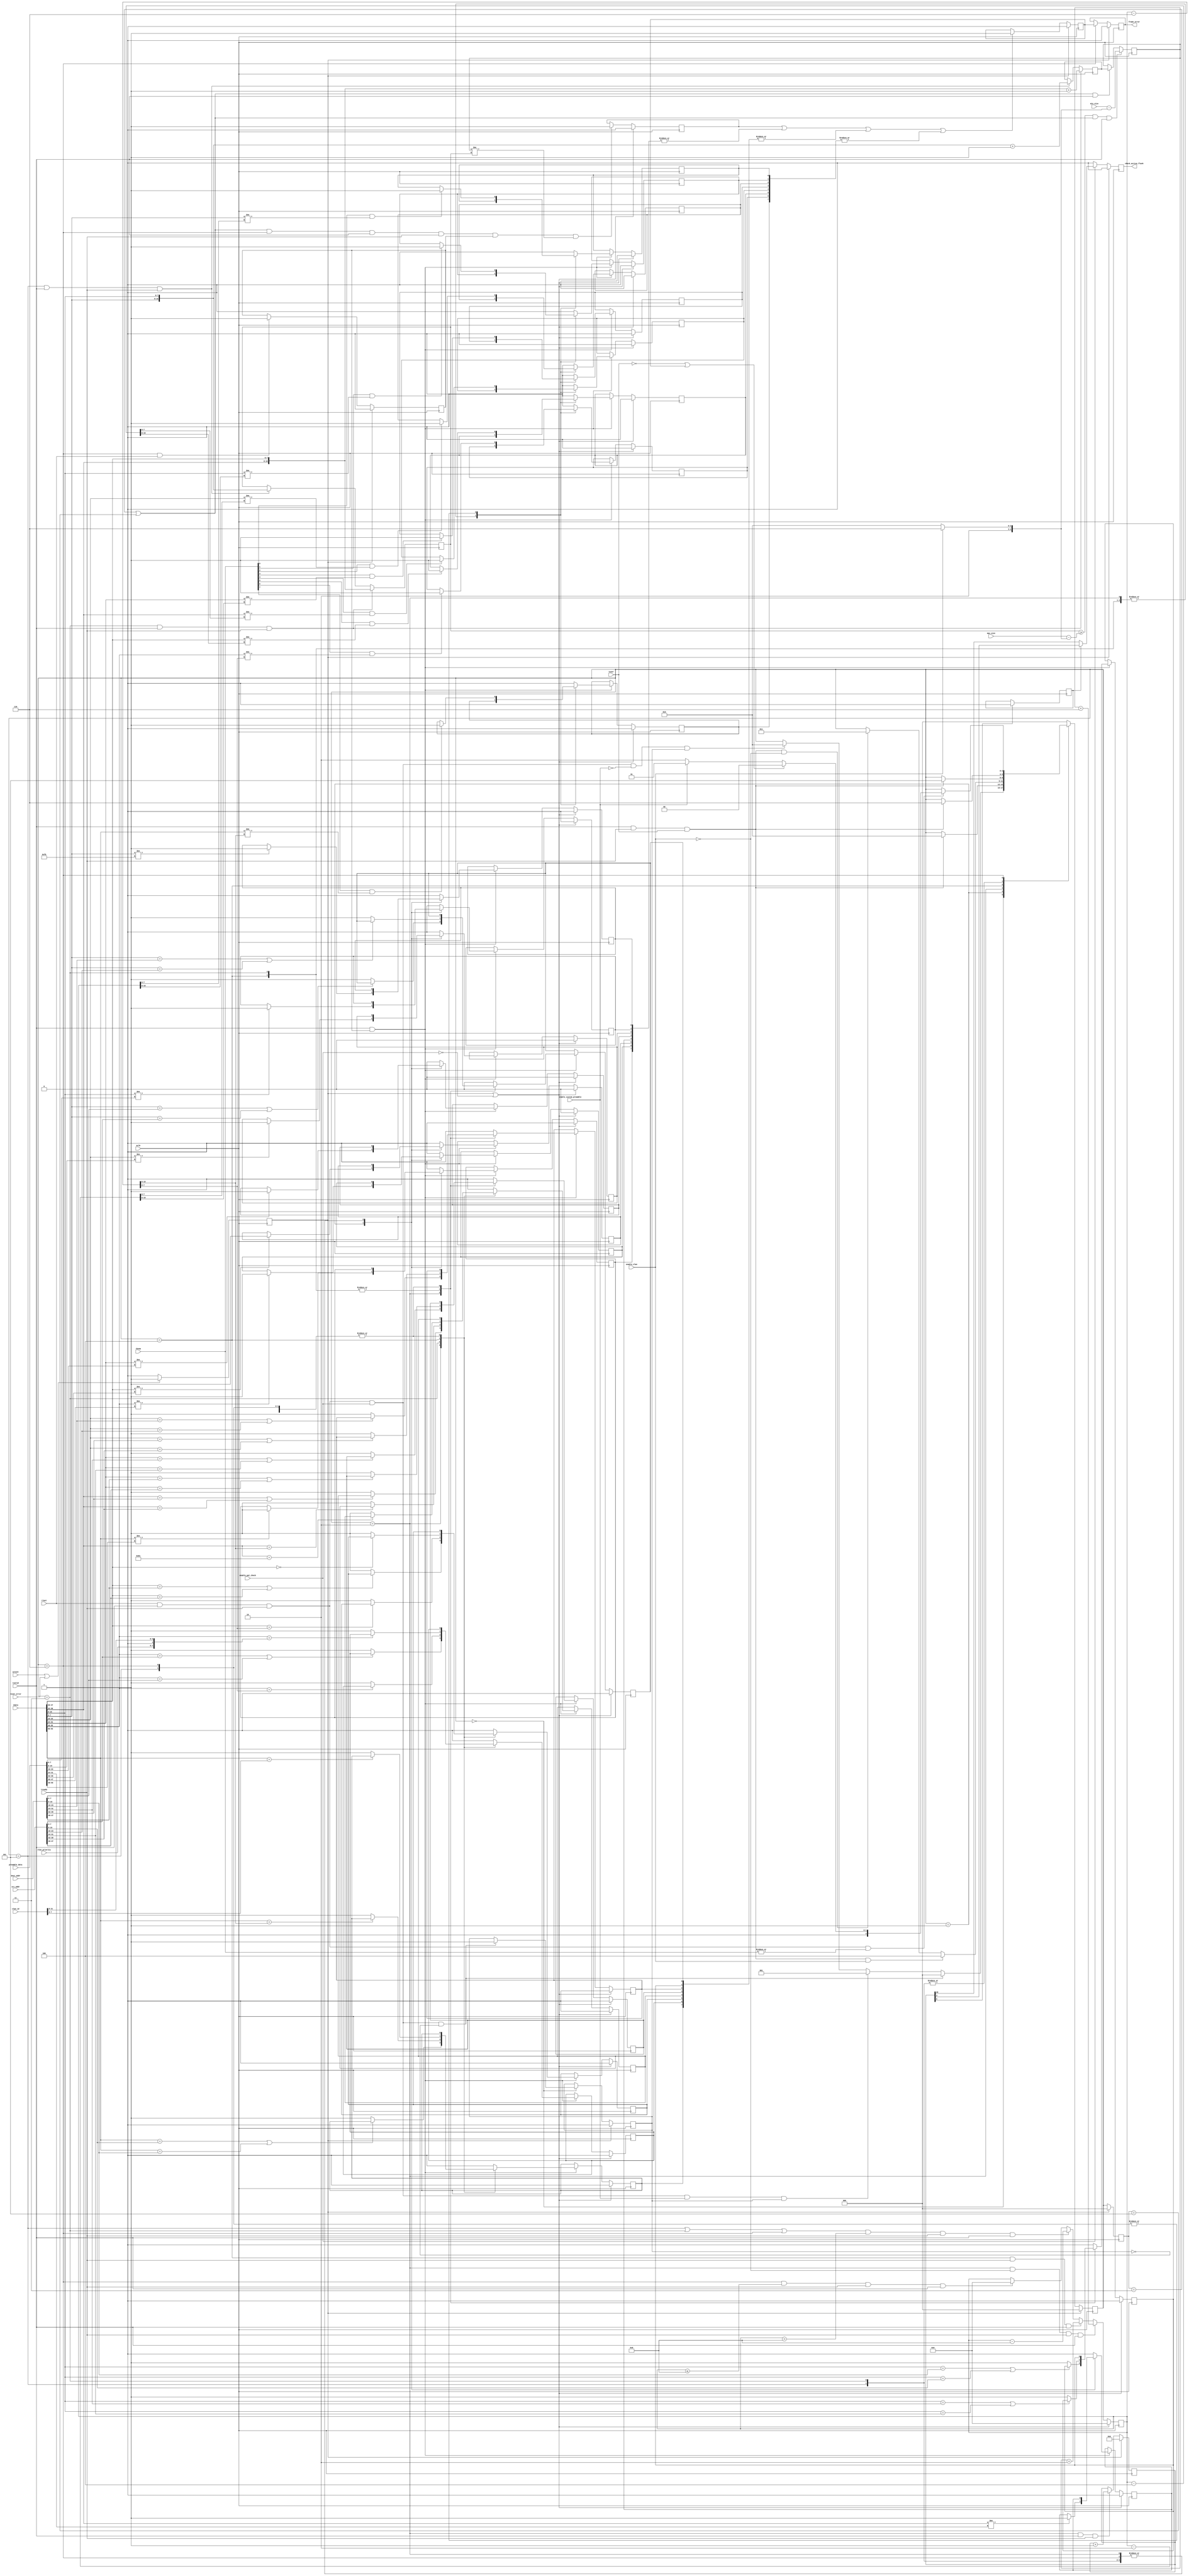
// ----------------------------------------------------------------------------
// (c) Copyright 2014 Xilinx, Inc. All rights reserved.
//
// This file contains confidential and proprietary information
// of Xilinx, Inc. and is protected under U.S. and
// international copyright and other intellectual property
// laws.
//
// DISCLAIMER
// This disclaimer is not a license and does not grant any
// rights to the materials distributed herewith. Except as
// otherwise provided in a valid license issued to you by
// Xilinx, and to the maximum extent permitted by applicable
// law: (1) THESE MATERIALS ARE MADE AVAILABLE "AS IS" AND
// WITH ALL FAULTS, AND XILINX HEREBY DISCLAIMS ALL WARRANTIES
// AND CONDITIONS, EXPRESS, IMPLIED, OR STATUTORY, INCLUDING
// BUT NOT LIMITED TO WARRANTIES OF MERCHANTABILITY, NON-
// INFRINGEMENT, OR FITNESS FOR ANY PARTICULAR PURPOSE; and
// (2) Xilinx shall not be liable (whether in contract or tort,
// including negligence, or under any other theory of
// liability) for any loss or damage of any kind or nature
// related to, arising under or in connection with these
// materials, including for any direct, or any indirect,
// special, incidental, or consequential loss or damage
// (including loss of data, profits, goodwill, or any type of
// loss or damage suffered as a result of any action brought
// by a third party) even if such damage or loss was
// reasonably foreseeable or Xilinx had been advised of the
// possibility of the same.
//
// CRITICAL APPLICATIONS
// Xilinx products are not designed or intended to be fail-
// safe, or for use in any application requiring fail-safe
// performance, such as life-support or safety devices or
// systems, Class III medical devices, nuclear facilities,
// applications related to the deployment of airbags, or any
// other applications that could lead to death, personal
// injury, or severe property or environmental damage
// (individually and collectively, "Critical
// Applications"). Customer assumes the sole risk and
// liability of any use of Xilinx products in Critical
// Applications, subject only to applicable laws and
// regulations governing limitations on product liability.
//
// THIS COPYRIGHT NOTICE AND DISCLAIMER MUST BE RETAINED AS
// PART OF THIS FILE AT ALL TIMES.
// ----------------------------------------------------------------------------
//-----------------------------------------------------------------------------
// Title      : Frame checker
// Project    : 10G Gigabit Ethernet
//-----------------------------------------------------------------------------
// ----------------------------------------------------------------------------
// Description: A simple pattern checker - expects the same data pattern as generated
//              by the pat_gen with the same DA/SA regardless whether an address swap has been performed or not.
//              The checker will first sync to the data and then identify any errors (this is a sticky output but
//              the internal signal is per lane)
//-----------------------------------------------------------------------------

`timescale 1ps/1ps

(* dont_touch = "yes" *)
module axi_10g_ethernet_0_axi_pat_check (
   input wire  [47:0]                  dest_addr,
   input wire  [47:0]                  src_addr,
   input wire  [14:0]                  max_size,
   input wire  [14:0]                  min_size,
   input wire                          enable_vlan,
   input wire  [11:0]                  vlan_id,
   input wire  [2:0]                   vlan_priority,
   input wire                          enable_custom_preamble,
   input wire  [55:0]                  preamble_data,

   input wire                          aclk,
   input wire                          areset,
   input wire                          reset_error,
   input wire                          enable_pat_check,

   input wire  [63:0]                  tdata,
   input wire  [7:0]                   tkeep,
   input wire                          tvalid,
   input wire                          tlast,
   input wire                          tready,
   input wire                          tuser,
   output reg                          frame_error,
   output reg                          check_active_flash
 );

   localparam                          IDLE        = 0,
                                       PREAMBLE    = 1,
                                       ADDR        = 2,
                                       ADDR_TL_D   = 3,  // ADDRESS + TYPE/LENGTH + DATA
                                       ADDR_VLAN   = 4,  // ADDRESS + VLAN
                                       TL_D        = 5,  // TYPE/LENGTH + DATA
                                       DATA        = 6;

   // used when custom preamble is enabled
   localparam                          START_CODE  = 8'hFB;


   reg         [2:0]                   rx_state;
   reg         [2:0]                   prev_rx_state;

   reg                                 frame_error_int      = 1'b0;
   reg                                 frame_dropped        = 1'b0;
   reg         [7:0]                   errored_data         = 8'd0;
   reg         [7:0]                   errored_addr         = 8'd0;
   reg         [7:0]                   errored_preamble     = 8'd0;

   reg         [20:0]                  frame_activity_count = 21'd0;

   // these registers hold the data that is being
   // compared against during data reception
   reg         [7:0]                   exp_data[7:0];
   reg         [63:0]                  exp_preamble_data;
   reg         [63:0]                  exp_header_dest;
   reg         [63:0]                  exp_header_src;
   reg         [63:0]                  exp_vlan_header_dest;
   reg         [63:0]                  exp_vlan_header_src;
   reg         [63:0]                  exp_tl_header_dest;
   reg         [63:0]                  exp_tl_header_src;

   wire        [5:0]                   pkt_adjust;
   wire        [31:0]                  vlan_header;
   reg         [15:0]                  got_payload_size = 16'd0;
   reg         [15:0]                  got_payload_size_plus1 = 16'd0;
   reg         [15:0]                  exp_payload_size = 16'd0;
   reg         [15:0]                  byte_count = 16'd0;

   reg                                 first_frame_detected = 1'b0;
   reg                                 check_frame = 1'b0;
   reg                                 fast_flash = 1'b1;

   reg                                 reset = 1'b0;

   always @(posedge aclk)
   begin
      if (areset || reset_error)
         reset                         <= 1;
      else
         reset                         <= 0;
   end

   // work out the adjustment required to get the right packet size.
   // 6(DA) + 6(SA) + 4(VLAN OPT) + 2(L/T) + 4(CRC)
   assign pkt_adjust                   = (enable_vlan) ? 22 : 18;

   // generate the vlan fields
   assign vlan_header                  = {8'h81, 8'h00, vlan_priority, 1'b0, vlan_id};

   // need a counter for frame activity to provide some feedback that frames are being received
   // flash rate depends the size of frames being received eg. big frames slow flashing
   always @(posedge aclk)
   begin
      if (reset)
         frame_activity_count          <= 0;
      else if (rx_state == ADDR && tvalid && tready)
         frame_activity_count          <= frame_activity_count + 1;
   end

   // when the active_count is below 64 use a fast output for the flash
   always @(posedge aclk)
   begin
      if (frame_activity_count[6])
         fast_flash                    <= 0;
   end

   always @(posedge aclk)
   begin
      if (reset)
         check_active_flash            <= 0;
      else if (enable_pat_check) begin
         if (fast_flash)
            check_active_flash         <= frame_activity_count[3];
         else
            check_active_flash         <= frame_activity_count[20];
      end
      else begin
         check_active_flash            <= 0;
      end
   end

   // we need a way to confirm data has been received to ensure that if no data is received it is
   // flagged as an error

   always @(posedge aclk)
   begin
      if (reset)
         frame_error                   <= 0;
      else if (rx_state == DATA)
         frame_error                   <= frame_error_int;
   end

   always @(posedge aclk)
   begin
      if (reset)
         frame_error_int               <= 0;
      else if (frame_dropped || (|errored_preamble) || (|errored_addr) || (|errored_data))
         frame_error_int               <= 1;
   end

   // the pattern checker is a slave, it so has to look for ackowledged data
   // a simple state machine will keep track of the packet position


   always @(posedge aclk)
   begin
      if (reset) begin
         first_frame_detected          <= 0;
         rx_state                      <= IDLE;
      end
      else begin
         case (rx_state)
         //First tlast means we can start syncing with the incoming frames
         //Therefore first frame is not checked
            IDLE : begin
               if (tlast & tvalid & tready & enable_pat_check & !first_frame_detected) begin
                  first_frame_detected <= 1;
                  rx_state             <= IDLE;
               end
               else if (tlast & tvalid & tready & enable_pat_check & enable_custom_preamble &
                        first_frame_detected) begin
                  rx_state             <= PREAMBLE;
               end
               else if (tlast & tvalid & tready & enable_pat_check & !enable_custom_preamble &
                        first_frame_detected) begin
                  rx_state             <= ADDR;
               end
            end
            PREAMBLE : begin
               if (tvalid & tready & tuser)
                  rx_state             <= ADDR;
            end
            ADDR : begin
               if (tvalid & tready & tuser & enable_vlan)
                  rx_state             <= ADDR_VLAN;
               else if (tvalid & tready & tuser & !enable_vlan )
                  rx_state             <= ADDR_TL_D;
            end
            ADDR_VLAN : begin
               if (tvalid & tready & tuser)
                  rx_state             <= TL_D;
            end
            ADDR_TL_D : begin
               if (tvalid & tready & tuser)
                  rx_state             <= DATA;
            end
            TL_D : begin
               if (tvalid & tready & tuser)
                  rx_state             <= DATA;
            end
            DATA : begin
               if (tlast & tvalid & tready & |tkeep) begin
                  if (!tuser || frame_error_int)
                     rx_state          <= IDLE;
                  else if (enable_custom_preamble)
                     rx_state          <= PREAMBLE;
                  else
                     rx_state          <= ADDR;
               end
            end
            default : begin
               rx_state                <= IDLE;
            end
         endcase
      end
   end

   always @(posedge aclk)
   begin
      if (reset)
         prev_rx_state                 <= IDLE;
      else
         prev_rx_state                 <= rx_state;
   end

   // start checking only after first frame passed
   always @(posedge aclk)
   begin
      if (reset)
         check_frame                   <= 0;
      else if (rx_state == DATA & tlast)
         check_frame                   <= 1;
   end

   // need to get packet size info
   // this is first initialised during the info state (the assumption being that
   // the generate sends incrementing packet sizes (wrapping at MAX_SIZE)

   always @(posedge aclk)
   begin
     if (rx_state == ADDR_TL_D & tvalid & tready) begin
         got_payload_size              <= {tdata[39:32],tdata[47:40]};
         got_payload_size_plus1        <= {tdata[39:32],tdata[47:40]} + 16'd1;
      end
      else if (rx_state == TL_D & tvalid & tready) begin
         got_payload_size              <= {tdata[7:0],tdata[15:8]};
         got_payload_size_plus1        <= {tdata[7:0],tdata[15:8]} + 16'd1;
      end
   end

   // determine the expected frame size of the next frame
   always @(posedge aclk)
   begin
      if ((got_payload_size >= max_size - pkt_adjust) &
          (prev_rx_state == ADDR_TL_D || prev_rx_state == TL_D) & tvalid)
         exp_payload_size              <= (min_size - pkt_adjust);
      else if ((prev_rx_state == ADDR_TL_D || prev_rx_state == TL_D) & tvalid)
         exp_payload_size              <= got_payload_size_plus1;
   end

   // do frame size check after first frame received
   always @(posedge aclk)
   begin
      if (reset || !enable_pat_check)
         frame_dropped                 <= 0;
      else if ((prev_rx_state == ADDR_TL_D || prev_rx_state == TL_D) & rx_state == DATA
              & tvalid & tready & check_frame & exp_payload_size != got_payload_size)
         frame_dropped                 <= 1;
   end

   // byte_count is used for data checking per columns
   always @(posedge aclk)
   begin
      if (reset || !enable_pat_check) begin
         byte_count                    <= 0;
      end
      else if ((rx_state == ADDR) & !enable_vlan & tready & tvalid) begin
         byte_count                    <= exp_payload_size + 6;
      end
      else if ((rx_state == ADDR_VLAN) & tready & tvalid) begin
         byte_count                    <= exp_payload_size + 2;
      end
      else if ((rx_state == TL_D || rx_state == ADDR_TL_D || rx_state == DATA) &
               (byte_count > 8) & tready & tvalid) begin
         byte_count                    <= byte_count - 8;
      end
      else if (rx_state == DATA & (byte_count <= 8) & tready & tvalid) begin
         byte_count                    <= 0;
      end
   end

   // before checking the data pattern we have to generate the expected data
   // this can also be used to allow a generate statement to be used
   always @(*)
   begin
      {exp_data[1], exp_data[0]}       = byte_count;
      {exp_data[3], exp_data[2]}       = byte_count - 2;
      {exp_data[5], exp_data[4]}       = byte_count - 4;
      {exp_data[7], exp_data[6]}       = byte_count - 6;
      exp_preamble_data                = {preamble_data, START_CODE};
      exp_header_dest                  = {src_addr[15:0], dest_addr[47:0]};
      exp_header_src                   = {dest_addr[15:0], src_addr[47:0]};
      exp_vlan_header_dest             = {vlan_header[7:0], vlan_header[15:8], vlan_header[23:16],
                                          vlan_header[31:24],dest_addr[47:16]};
      exp_vlan_header_src              = {vlan_header[7:0], vlan_header[15:8], vlan_header[23:16],
                                          vlan_header[31:24],src_addr[47:16]};
      exp_tl_header_dest               = {exp_data[7], exp_data[6], exp_data[6], exp_data[7], dest_addr[47:16]};
      exp_tl_header_src                = {exp_data[7], exp_data[6], exp_data[6], exp_data[7], src_addr[47:16]};
   end

   // do the byte to byte comparison here
   genvar i;
   generate
   for (i=0; i<8; i=i+1) begin : check_loop
      always @(posedge aclk)
      begin
         if (reset || !enable_pat_check) begin
             errored_preamble[i]          <= 1'b0;
             errored_addr[i]              <= 1'b0;
             errored_data[i]              <= 1'b0;
         end
         else begin
            if (tvalid & check_frame) begin
               case (rx_state)
                  PREAMBLE  :
                     if (tdata[((i+1)*8)-1-:8] != exp_preamble_data[((i+1)*8)-1-:8])
                        errored_preamble[i] <= 1;
                  ADDR      :
                     if (!(tdata[((i+1)*8)-1-:8] == exp_header_dest[((i+1)*8)-1-:8] ||
                           tdata[((i+1)*8)-1-:8] == exp_header_src[((i+1)*8)-1-:8]))
                        errored_addr[i]   <= 1;
                  ADDR_TL_D :
                     if (!(tdata[((i+1)*8)-1-:8] == exp_tl_header_dest[((i+1)*8)-1-:8] ||
                           tdata[((i+1)*8)-1-:8] == exp_tl_header_src[((i+1)*8)-1-:8]))
                        errored_addr[i]   <= 1;
                  ADDR_VLAN :
                     if (!(tdata[((i+1)*8)-1-:8] == exp_vlan_header_dest[((i+1)*8)-1-:8] ||
                           tdata[((i+1)*8)-1-:8] == exp_vlan_header_src[((i+1)*8)-1-:8]))
                        errored_addr[i]   <= 1;
                  TL_D, DATA      :
                     if (tkeep[i] && tdata[((i+1)*8)-1-:8] != exp_data[i])
                        errored_data[i]   <= 1;
                  default   : begin
                     errored_preamble[i]  <= 0;
                     errored_addr[i]      <= 0;
                     errored_data[i]      <= 0;
                  end
               endcase
            end
         end
      end
   end
   endgenerate

endmodule